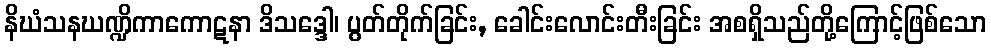
နိဃံသနဃဏ္ဍိကာကောဋနာ ဒိသဒ္ဒေါ၊ ပွတ်တိုက်ခြင်း, ခေါင်းလောင်းတီးခြင်း အစရှိသည်တို့ကြောင့်ဖြစ်သော